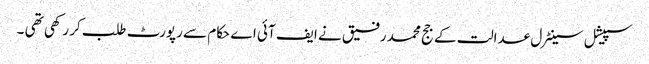
سپیشل سینٹرل عدالت کے جج محمد رفیق نے ایف آئی اے حکام سے رپورٹ طلب کر رکھی تھی ۔